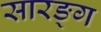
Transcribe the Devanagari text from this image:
सारङ्ग